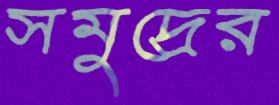
সমুদ্রের